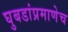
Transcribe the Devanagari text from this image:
घुबडांप्रमाणेच